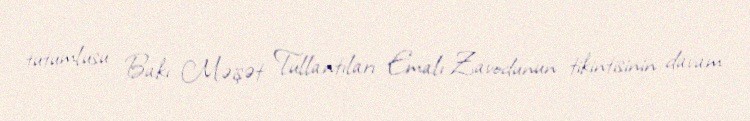
tutumlusu Bakı Məişət Tullantıları Emalı Zavodunun tikintisinin davam